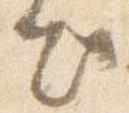
出